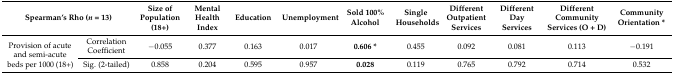
| <COLSPAN=2> Spearman’s Rho (n = 13) | Size of Population (18+) | Mental Health Index | Education | Unemployment | Sold 100% Alcohol | Single Households | Different Outpatient Services | Different Day Services | Different Community Services (O + D) | Community Orientation * |
 | --- | --- | --- | --- | --- | --- | --- | --- | --- | --- | --- | --- |
 | <ROWSPAN=2> Provision of acute and semi-acute beds per 1000 (18+) | Correlation Coefficient | −0.055 | 0.377 | 0.163 | 0.017 | 0.606 * | 0.455 | 0.092 | 0.081 | 0.113 | −0.191 |
 | Sig. (2-tailed) | 0.858 | 0.204 | 0.595 | 0.957 | 0.028 | 0.119 | 0.765 | 0.792 | 0.714 | 0.532 |